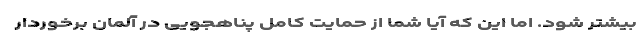
بیشتر شود. اما این که آیا شما از حمایت کامل پناهجویی در آلمان برخوردار